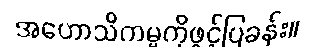
အဟောသိကမ္မကိုဖွင့်ပြခန်း။